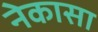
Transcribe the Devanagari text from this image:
नेकासा